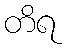
တိရ